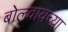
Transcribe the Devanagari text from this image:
बोलवायच्या